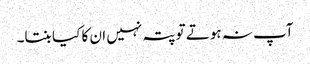
آپ نہ ہوتے تو پتہ نہیں ان کا کیا بنتا۔